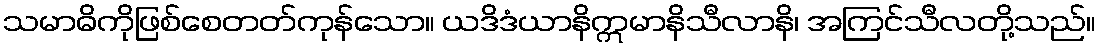
သမာဓိကိုဖြစ်စေတတ်ကုန်သော။ ယဒိဒံယာနိဣမာနိသီလာနိ၊ အကြင်သီလတို့သည်။